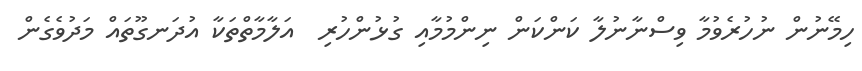
ހިމޭނުން ނުހުރެވުމާ ވިސްނާނުލާ ކަންކަން ނިންމުމާއި ގުޅުންހުރި  އަލާމާތްތަކާ އުދަނގޫތައް މަދުވެގެން